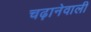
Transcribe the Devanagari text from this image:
चढ़ानेवाली